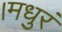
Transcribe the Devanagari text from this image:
।मधुरं